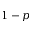
1 - p